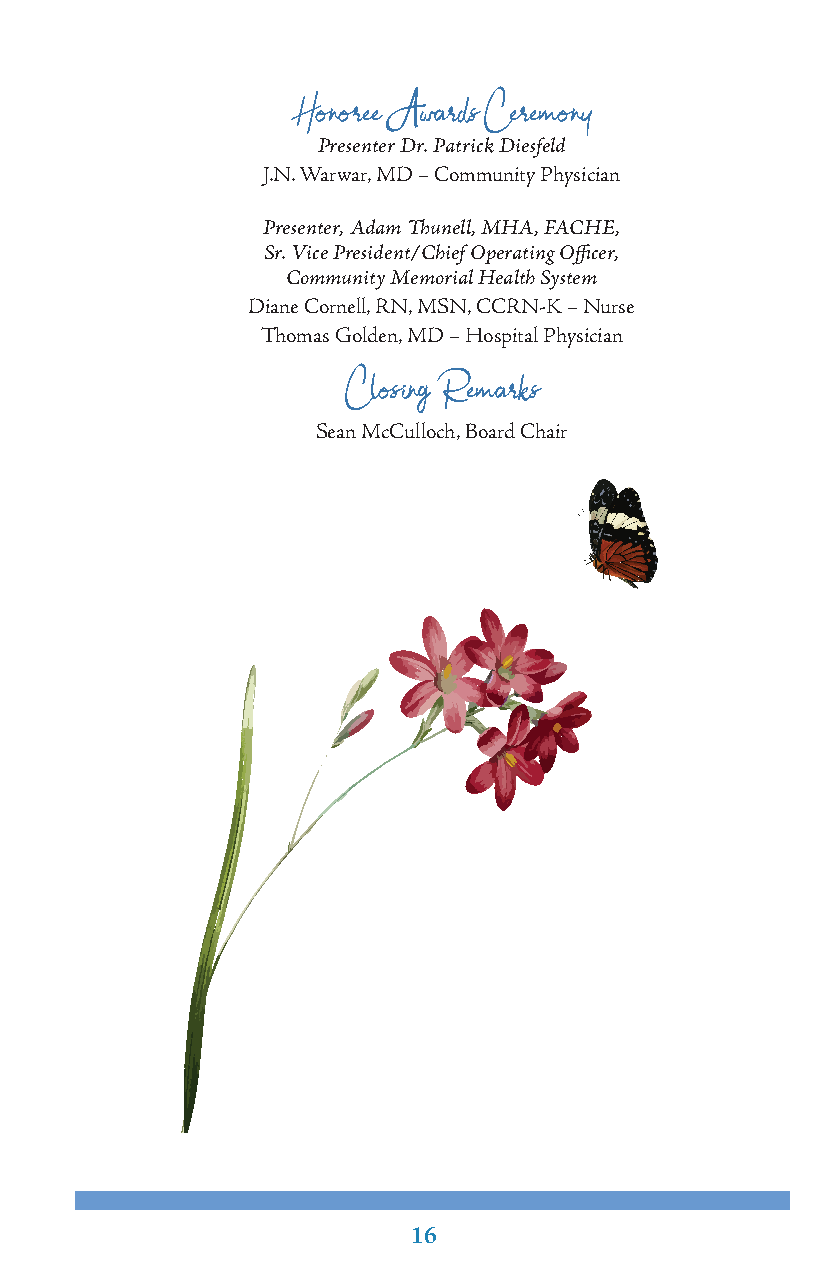
Honoree Awards Ceremony
 Presenter Dr. Patrick Diesfeld
 J.N. Warwar, MD – Community Physician
 Presenter, Adam Thunell, MHA, FACHE,
 Sr. Vice President/Chief Operating Officer,
 Community Memorial Health System
 Diane Cornell, RN, MSN, CCRN-K – Nurse
 Thomas Golden, MD – Hospital Physician
 Closing Remarks
 Sean McCulloch, Board Chair
 16